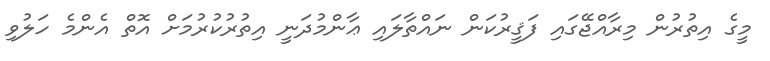
މީގެ އިތުރުން މިރާއްޖޭގައި ފަޤީރުކަން ނައްތާލައި ޢާންމުދަނީ އިތުރުކުރުމަށް އޮތް އެންމެ ހަލުވި